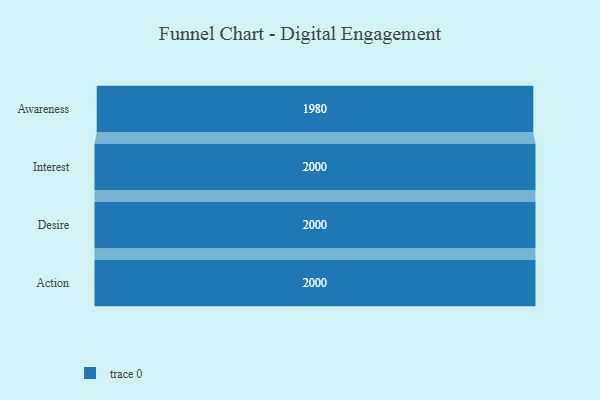
{"axis": {"x": "Stage", "y": "Value"}, "legend": [""], "data": [{"x": "Awareness", "y": 1980.0, "type": ""}, {"x": "Interest", "y": 2000, "type": ""}, {"x": "Desire", "y": 2000, "type": ""}, {"x": "Action", "y": 2000, "type": ""}]}